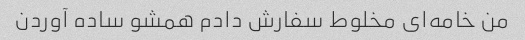
من خامه‌ای مخلوط سفارش دادم همشو ساده آوردن